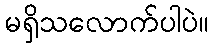
မရှိသလောက်ပါပဲ။